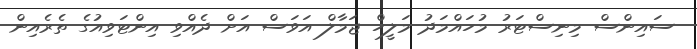
ސައިންސް މިނިސްޓަރު މުހައްމަދު މަލީހް ޖަމާލް އަވަސް އަށް ދެއްވި އިންޓަވިއުގެ ތެރެއިން